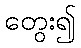
တွေး၍